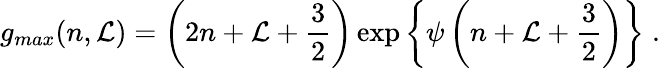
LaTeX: g_{max}(n,\mathcal{L})=\left(2n+\mathcal{L}+\frac{{3}}{{2}}\right)\exp\left\{ \psi\left(n+\mathcal{L}+\frac{{3}}{{2}}\right)\right\} \; .